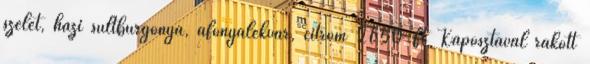
szelet, házi sültburgonya, áfonyalekvár, citrom 2650 Ft Káposztával rakott